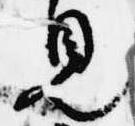
見